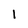
Character: 1